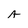
Character: A